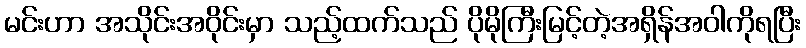
မင်းဟာ အသိုင်းအဝိုင်းမှာ သည့်ထက်သည် ပိုမိုကြီးမြင့်တဲ့အရှိန်အဝါကိုရပြီး